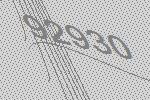
92930